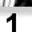
Digit: 1